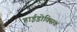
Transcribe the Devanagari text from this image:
हाईड्रोक्सिक